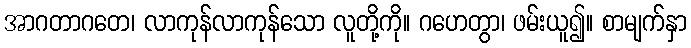
အာဂတာဂတေ၊ လာကုန်လာကုန်သော လူတို့ကို။ ဂဟေတွာ၊ ဖမ်းယူ၍။ စာမျက်နှာ